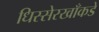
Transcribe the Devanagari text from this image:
धिस्सेरखाँकडे